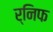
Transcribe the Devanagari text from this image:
र्निफ